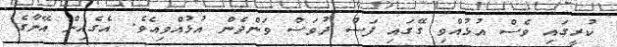
ކުރީގައި ވެސް އުޅުއްވި ގޭގައި ފަސް ދުވަސް ވަންދެން އުޅުއްވިއެވެ. އެގެއިން އޭނާގެ